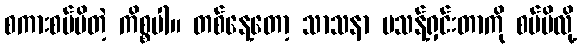
စကားစပ်မိတဲ့ ကိစ္စပါ။ တစ်နေ့တော့ သာသနာ မသန့်ရှင်းတာကို စပ်မိလို့